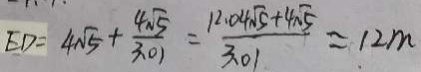
E D = 4 \sqrt { 5 } + \frac { 4 \sqrt { 5 } } { 3 . 0 1 } = \frac { 1 2 . 0 4 \sqrt { 5 } + 4 \sqrt { 5 } } { 3 . 0 1 } \approx 1 2 m